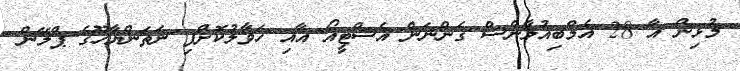
މުޅިން އާ 28 އެމްބިއުލާންސް ގެންނަން އެސްޓީއޯ އާއި ހަވާލުކޮށްފި ނަތަންޔާހޫގެ ޕްލޭން